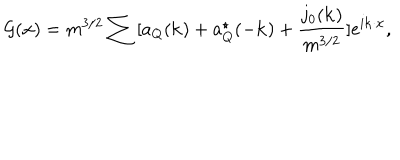
LaTeX: { \cal G } ( { \bf x } ) = m ^ { 3 / 2 } \sum { } [ a _ { Q } ( { \bf k } ) + a _ { Q } ^ { \star } ( - { \bf k } ) + \frac { j _ { 0 } ( { \bf k } ) } { m ^ { 3 / 2 } } ] e ^ { i { \bf k \cdot x } } ,